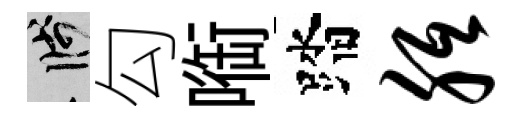
箋勾㗸踏胝